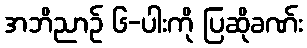
အဘိညာဉ် ၆-ပါးကို ပြဆိုခဏ်း